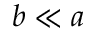
b \ll a